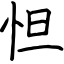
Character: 怛